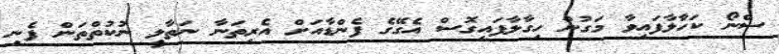
ސްނޯ ކަހާލާފައިވާ މަގުން ހިގާލާފައިގޮސް އެގޭގެ ފެންޑާއަށް އެރިތަނާ ނަތާލީ ނުކުތްތަން ފެނި